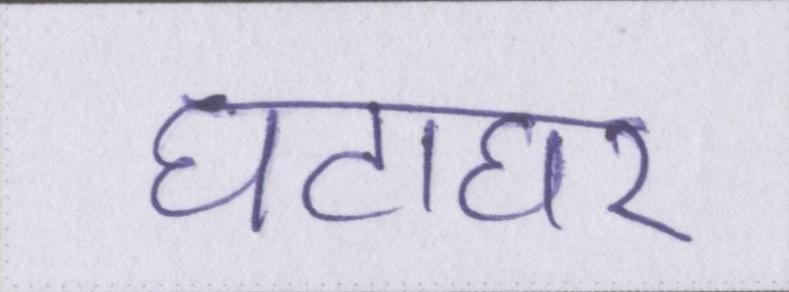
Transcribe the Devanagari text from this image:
घंटाघर